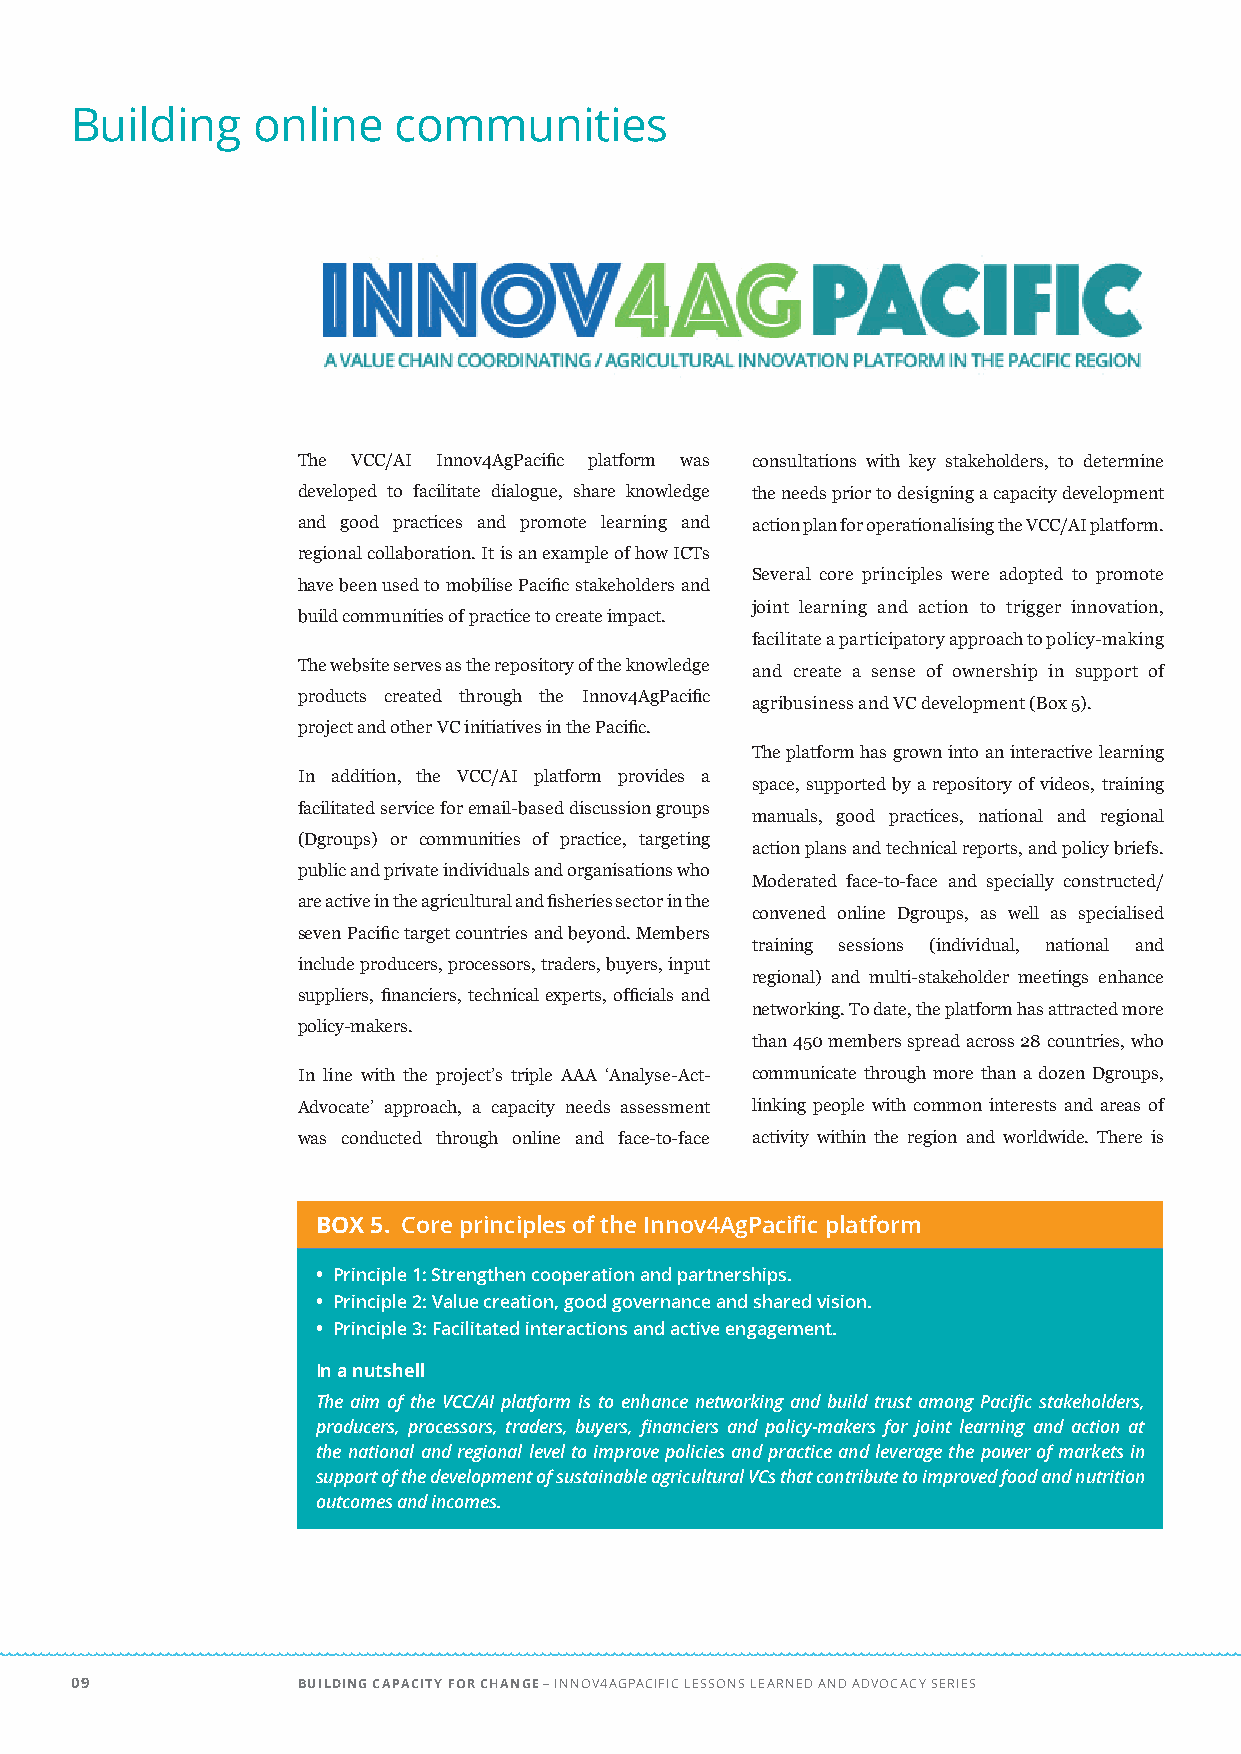
Building    online   communities
 The VCC/AI Innov4AgPacific platform was consultations with key stakeholders, to determine
 developed to facilitate dialogue, share knowledge the needs prior to designing a capacity development
 and good practices and promote learning and action plan for operationalising the VCC/AI platform.
 regional collaboration. It is an example of how ICTs
 Several core principles were adopted to promote
 have been used to mobilise Pacific stakeholders and
 joint learning and action to trigger innovation,
 build communities of practice to create impact.
 facilitate a participatory approach to policy-making
 The website serves as the repository of the knowledge and create a sense of ownership in support of
 products created through the Innov4AgPacific
 agribusiness and VC development (Box 5).
 project and other VC initiatives in the Pacific.
 The platform has grown into an interactive learning
 In addition, the VCC/AI platform provides a
 space, supported by a repository of videos, training
 facilitated service for email-based discussion groups
 manuals, good practices, national and regional
 (Dgroups) or communities of practice, targeting
 action plans and technical reports, and policy briefs.
 public and private individuals and organisations who
 Moderated face-to-face and specially constructed/
 are active in the agricultural and fisheries sector in the
 convened online Dgroups, as well as specialised
 seven Pacific target countries and beyond. Members
 training sessions (individual, national and
 include producers, processors, traders, buyers, input
 regional) and multi-stakeholder meetings enhance
 suppliers, financiers, technical experts, officials and
 networking. To date, the platform has attracted more
 policy-makers.
 than 450 members spread across 28 countries, who
 In line with the project’s triple AAA ‘Analyse-Act- communicate through more than a dozen Dgroups,
 Advocate’ approach, a capacity needs assessment linking people with common interests and areas of
 was conducted through online and face-to-face activity within the region and worldwide. There is
 BOX 5. Core principles of the Innov4AgPacific platform
 • Principle 1: Strengthen cooperation and partnerships.
 • Principle 2: Value creation, good governance and shared vision.
 • Principle 3: Facilitated interactions and active engagement.
 In a nutshell
 The aim of the VCC/AI platform is to enhance networking and build trust among Pacific stakeholders,
 producers, processors, traders, buyers, financiers and policy-makers for joint learning and action at
 the national and regional level to improve policies and practice and leverage the power of markets in
 support of the development of sustainable agricultural VCs that contribute to improved food and nutrition
 outcomes and incomes.
 09             BUILDING CAPACITY FOR CHANGE – INNOV4AGPACIFIC LESSONS LEARNED AND ADVOCACY SERIES